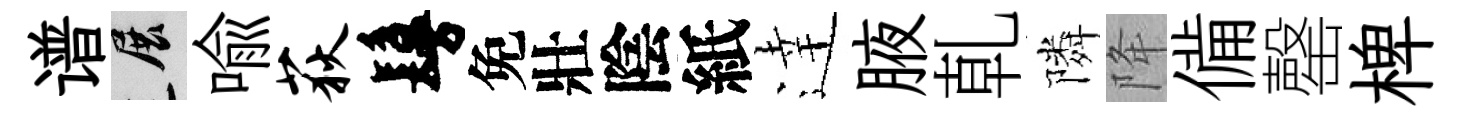
谱展喩荻鬘免壯陰紙逹腋乹隣降備罄椑